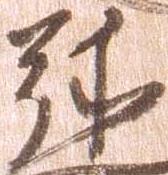
弥